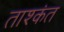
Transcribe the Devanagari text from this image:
ताश्कंत